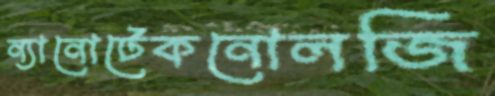
ন্যানোটেকনোলজি